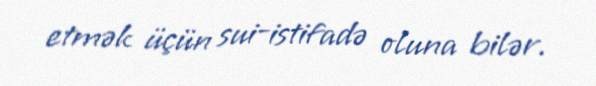
etmək üçün sui-istifadə oluna bilər.